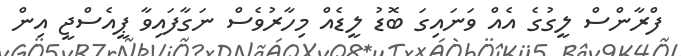
ފްރާންސް ލީގުގެ އެއް ވަނައިގަ ބޮޑު ލީޑެއް މިހާރުވެސް ނަގާފައިވާ ޕީއެސްޖީ އިން